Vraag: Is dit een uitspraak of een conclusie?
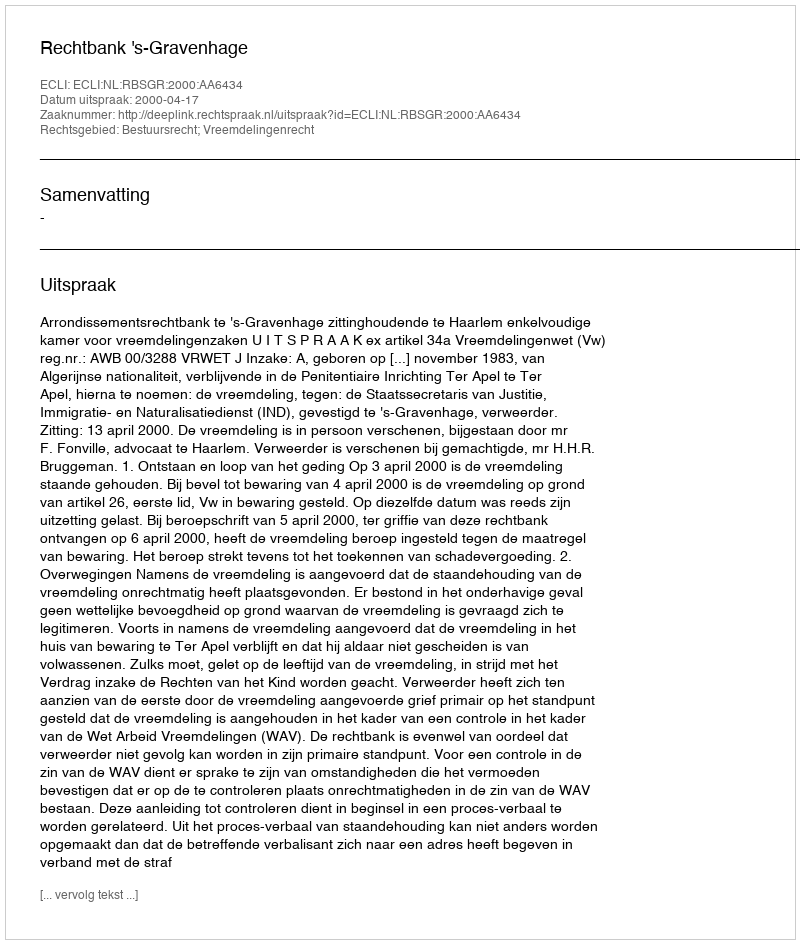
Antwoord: Uitspraak